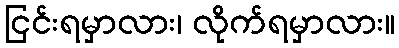
ငြင်းရမှာလား၊ လိုက်ရမှာလား။